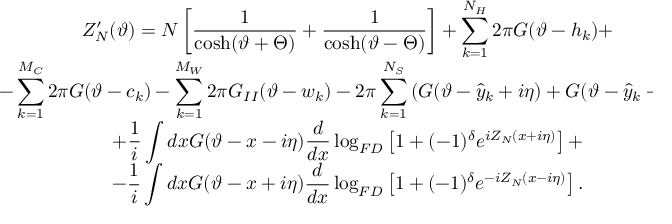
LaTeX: \begin{array} { c } { { \displaystyle Z _ { N } ^ { \prime } ( \vartheta ) = N \left[ \displaystyle \frac { 1 } { \cosh ( \vartheta + \Theta ) } + \displaystyle \frac { 1 } { \cosh ( \vartheta - \Theta ) } \right] + \displaystyle \sum _ { k = 1 } ^ { N _ { H } } 2 \pi G ( \vartheta - h _ { k } ) + } } \\ { { - \displaystyle \sum _ { k = 1 } ^ { M _ { C } } 2 \pi G ( \vartheta - c _ { k } ) - \displaystyle \sum _ { k = 1 } ^ { M _ { W } } 2 \pi G _ { I I } ( \vartheta - w _ { k } ) - 2 \pi \displaystyle \sum _ { k = 1 } ^ { N _ { S } } \left( G ( \vartheta - \hat { y } _ { k } + i \eta ) + G ( \vartheta - \hat { y } _ { k } - i \eta ) \right) } } \\ { { + \displaystyle \frac { 1 } { i } \displaystyle \int d x G ( \vartheta - x - i \eta ) \displaystyle \frac { d } { d x } \log _ { F D } \left[ 1 + ( - 1 ) ^ { \delta } e ^ { i Z _ { N } ( x + i \eta ) } \right] + } } \\ { { - \displaystyle \frac { 1 } { i } \displaystyle \int d x G ( \vartheta - x + i \eta ) \displaystyle \frac { d } { d x } \log _ { F D } \left[ 1 + ( - 1 ) ^ { \delta } e ^ { - i Z _ { N } ( x - i \eta ) } \right] . } } \end{array}